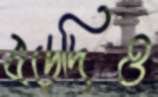
বড়দিও